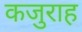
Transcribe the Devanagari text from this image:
कजुराह